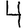
Digit: 4